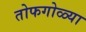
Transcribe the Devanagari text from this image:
तोफगोळ्या